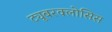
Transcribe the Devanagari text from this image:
ट्यूबरक्लोसिस